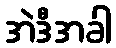
အဲဒီအခါ